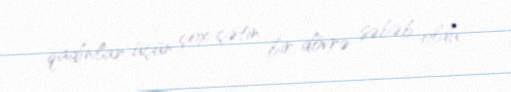
qadınlar üçün çox çətin bir dövrə səbəb oldu.